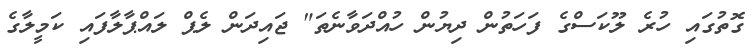
ގޮތުގައި ހުރެ ލޫކަސްގެ ފަހަތުން ދިޔުން ހުއްދަވާނެތަ" ޖައިދަން ލެޕް ލައްޕާލާފައި ކަމީލާގެ